Tezpur Lunatic Asylum reports 1895-1904 - 1895-1904
Year: 1895
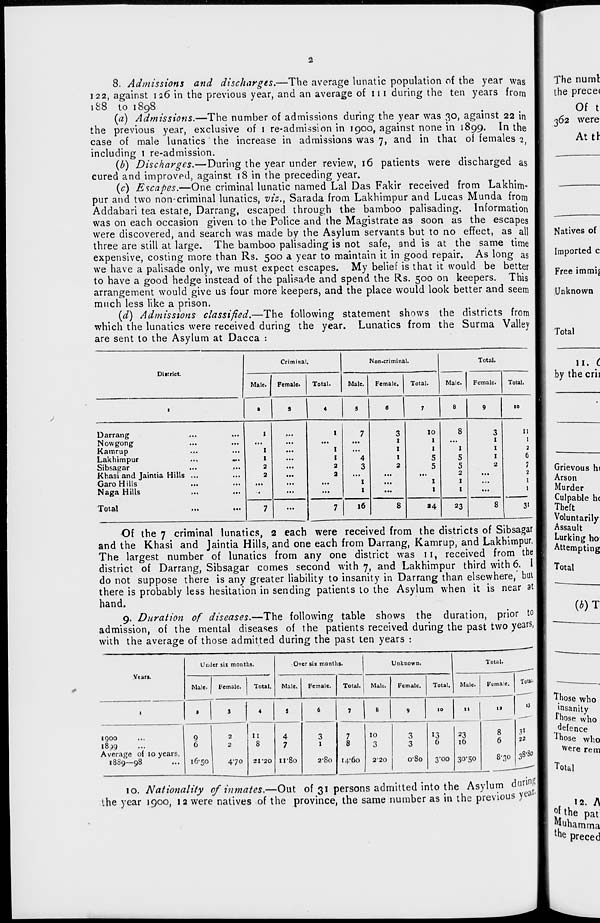
2
8. Admissions and discharges.—The average lunatic population of the year was
122, against 126 in the previous year, and an average of 111 during the ten years from
188 to 1898
(a) Admissions.—The number of admissions during the year was 30, against 22 in
the previous year, exclusive of 1 re-admission in 1900, against none in 1899. In the
case of male lunatics the increase in admissions was 7, and in that of females 2,
including 1 re-admission.
(b) Discharges.—During the year under review, 16 patients were discharged as
cured and improved, against 18 in the preceding year.
(c) Escapes.—One criminal lunatic named Lai Das Fakir received from Lakhim-
pur and two non-criminal lunatics, viz., Sarada from Lakhimpur and Lucas Munda from
Addabari tea estate, Darrang, escaped through the bamboo palisading. Information
was on each occasion given to the Police and the Magistrate as soon as the escapes
were discovered, and search was made by the Asylum servants but to no effect, as all
three are still at large. The bamboo palisading is not safe, and is at the same time
expensive, costing more than Rs. 500 a year to maintain it in good repair. As long as
we have a palisade only, we must expect escapes. My belief is that it would be better
to have a good hedge instead of the palisade and spend the Rs. 500 on keepers. This
arrangement would give us four more keepers, and the place would look better and seem
much less like a prison.
(d) Admissions classified.—The following statement shows the districts from
which the lunatics were received during the year. Lunatics from the Surma Valley
are sent to the Asylum at Dacca :
District.
Criminal.
Non.criminal.
Total.
Male.
Female.
Total.
Male.
Female.
Total.
Male.
Female.
Total.
1
t
' 1 ' 5 6 7 8 9 10
Darrang
Nowgong
Kamrup
Lakhimpur
...
...
Sibsagar
Khasi and Jaintia Hills ...
Garo Hills
Naga Hills
I
I
I
2
2
...
I
I
I
2
2
7
4
3
I
I
3
I
I
I
2
10
I
I
5
5
1
1
8
I
5
5
2
1
1
3
I
I
I
2
II
I
2
6
7
2
1
1
Total
...
...
7
...
7
16
8
24
23
8
3>
I
Of the 7 criminal lunatics, 2 each were received from the districts of Sibsagar
and the Khasi and Jaintia Hills, and one each from Darrang, Kamrup, and Lakhimpur.
The largest number of lunatics from any one district was 11, received from the
district of Darrang, Sibsagar comes second with 7, and Lakhimpur third with 6. I
do not suppose there is any greater liability to insanity in Darrang than elsewhere, but
there is probably less hesitation in sending patients to the Asylum when it is near at
hand.
9. Duration of diseases.—The following table shows the duration, prior to
admission, of the mental diseases of the patients received during the past two years,
with the average of those admitted during the past ten years :
Years.
1900
Average of 10 years,
1889—98
Under six months.
Male.
Female.
9
6
16-50
Total.
Over six months.
Unknown.
Male.
Female.
Total. ■ Male.
Female.
Total.
Male.
2
2
470
II
8
21'20
4
7
ir8o
3
1
2-80
10
II
7
8
14.' 60
10
3
2-20
3
3
080
13
6
3-00
23
16
30*50
Total.
Female.
la
8
6
8-30
Total'
3>
22
3 8-8o
10. Nationality of inmates.—Out of 31 persons admitted into the Asylum during
the year 1900, 12 were natives of the province, the same number as in the previous ye